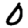
Digit: 0